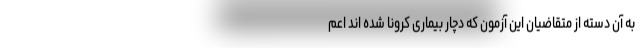
به آن دسته از متقاضیان این آزمون که دچار بیماری کرونا شده اند اعم